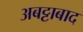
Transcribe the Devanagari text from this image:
अबट्टाबाद